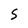
Character: S